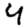
Digit: 4